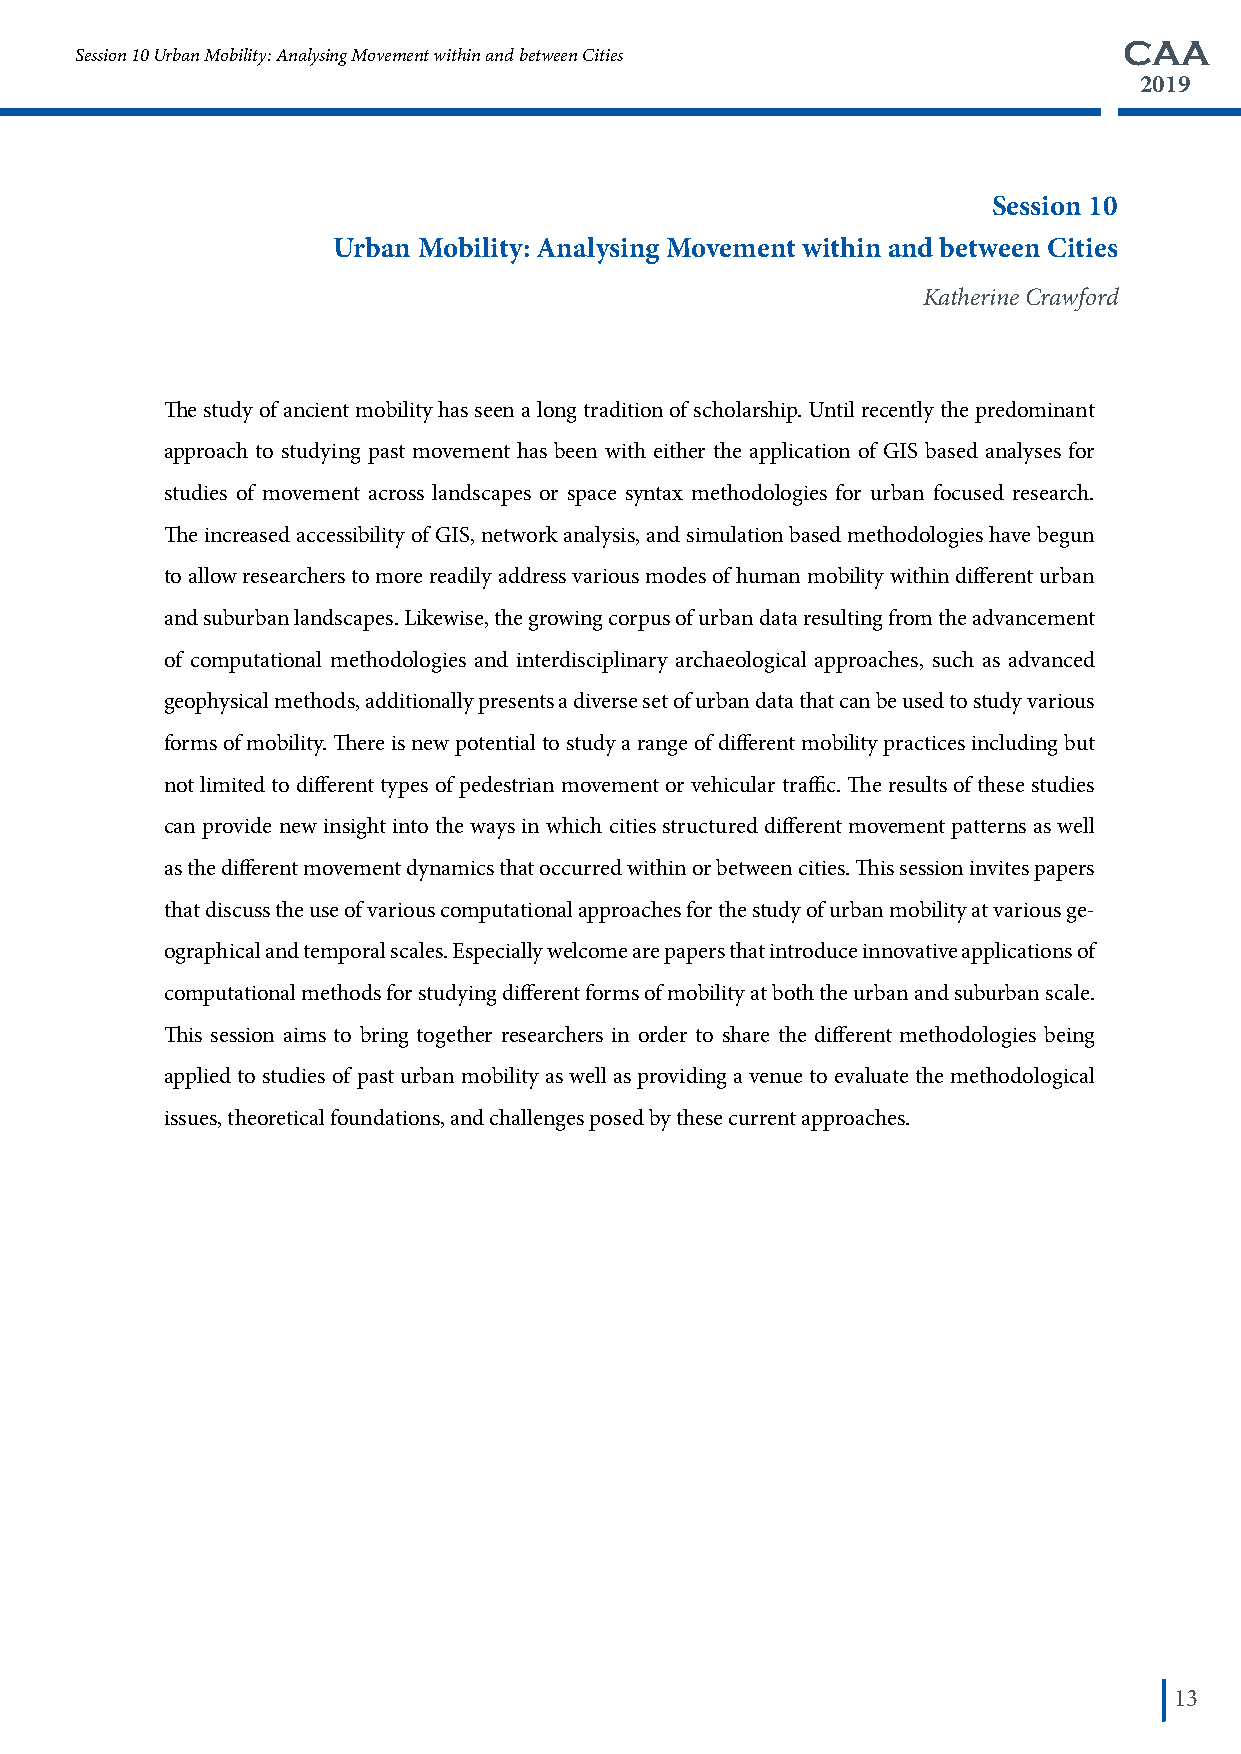
CAA
 Session 10 Urban Mobility: Analysing Movement within and between Cities
 2019
 Session 10
 Urban Mobility: Analysing Movement within and between Cities
 Katherine Crawford
 The study of ancient mobility has seen a long tradition of scholarship. Until recently the predominant
 approach to studying past movement has been with either the application of GIS based analyses for
 studies of movement across landscapes or space syntax methodologies for urban focused research.
 The increased accessibility of GIS, network analysis, and simulation based methodologies have begun
 to allow researchers to more readily address various modes of human mobility within different urban
 and suburban landscapes. Likewise, the growing corpus of urban data resulting from the advancement
 of computational methodologies and interdisciplinary archaeological approaches, such as advanced
 geophysical methods, additionally presents a diverse set of urban data that can be used to study various
 forms of mobility. There is new potential to study a range of different mobility practices including but
 not limited to different types of pedestrian movement or vehicular traffic. The results of these studies
 can provide new insight into the ways in which cities structured different movement patterns as well
 as the different movement dynamics that occurred within or between cities. This session invites papers
 that discuss the use of various computational approaches for the study of urban mobility at various ge-
 ographical and temporal scales. Especially welcome are papers that introduce innovative applications of
 computational methods for studying different forms of mobility at both the urban and suburban scale.
 This session aims to bring together researchers in order to share the different methodologies being
 applied to studies of past urban mobility as well as providing a venue to evaluate the methodological
 issues, theoretical foundations, and challenges posed by these current approaches.
 13